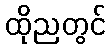
ထိုညတွင်